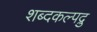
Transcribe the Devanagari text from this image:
शब्दकल्पद्रु